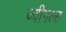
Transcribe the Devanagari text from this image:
ज्वीगल्स